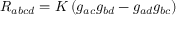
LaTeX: R _ { a b c d } = { \cal K } \left( g _ { a c } g _ { b d } - g _ { a d } g _ { b c } \right)